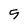
Character: 5